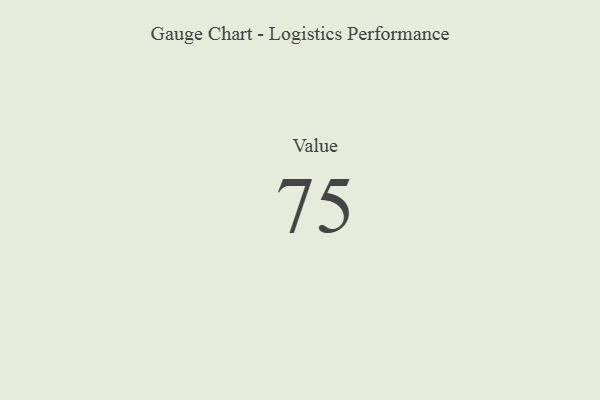
{"axis": {"x": "Metric", "y": "Value"}, "legend": [""], "data": [{"x": "Value", "y": 75, "type": ""}]}